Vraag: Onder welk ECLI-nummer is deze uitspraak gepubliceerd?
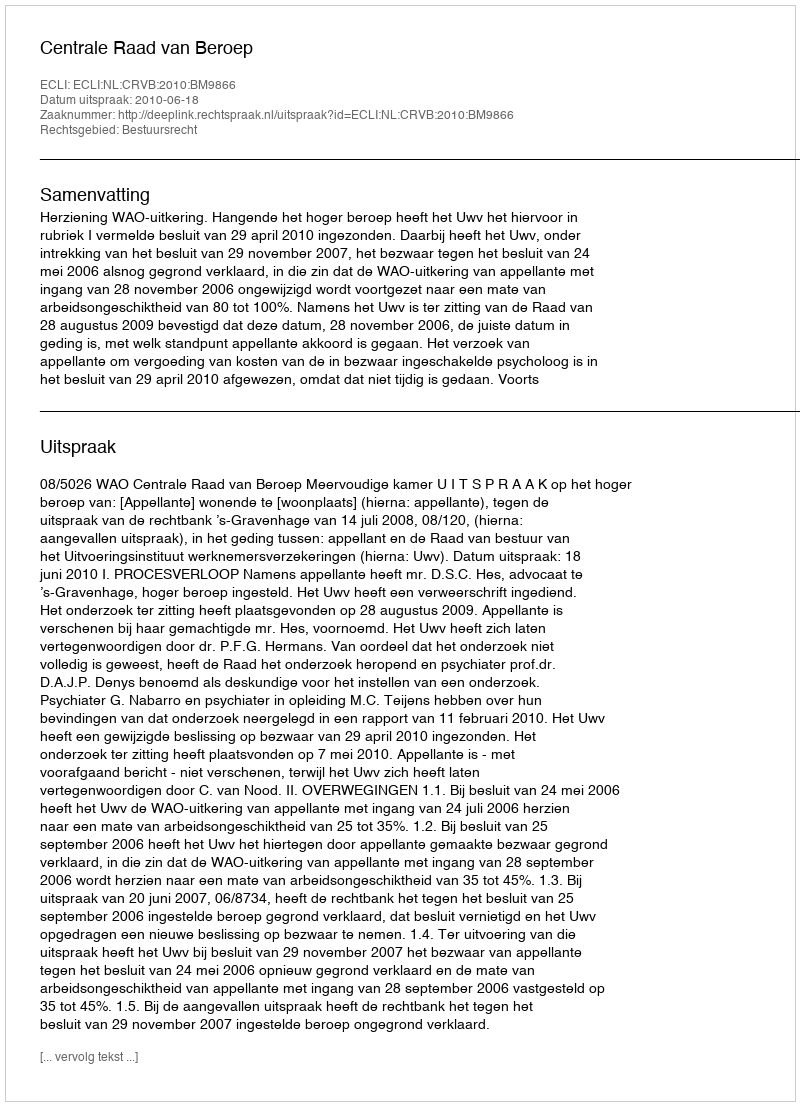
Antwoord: ECLI:NL:CRVB:2010:BM9866